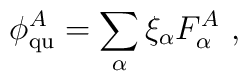
\phi^A_{\rm qu} = \sum_\alpha \xi_\alpha F^A_\alpha \ ,